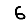
Digit: 6